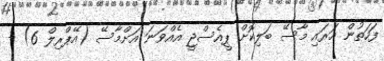
ފަހަތުން އަރައި މާސޭ ބަލިކޮށް ޕީއެސްޖީ އެއްވަނަ އަށްމާސޭ (އޭޕްރިލް 6) -